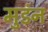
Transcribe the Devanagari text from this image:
मुडंन